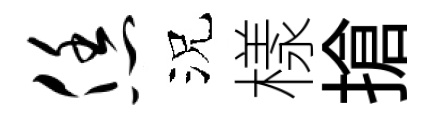
恁況樣搶